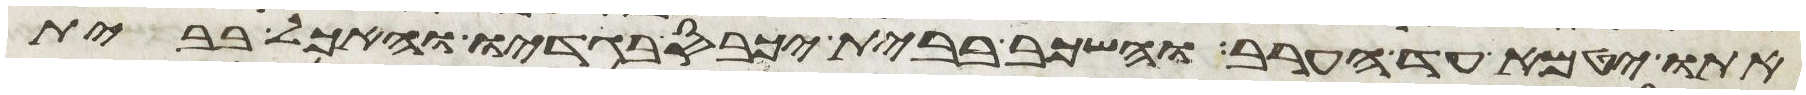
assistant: אתו יטמא עד הערב והשכב בבית יכבס בגדיו והאכל בבית